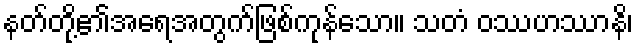
နတ်တို့၏အရေအတွက်ဖြစ်ကုန်သော။ သတံ ဝဿဟဿာနိ၊